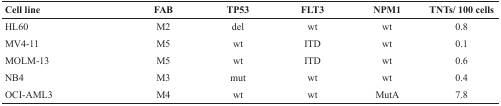
<table><thead><tr><td><b>Cell line</b></td><td><b>FAB</b></td><td><b>TP53</b></td><td><b>FLT3</b></td><td><b>NPM1</b></td><td><b>TNTs/ 100 cells</b></td></tr></thead><tbody><tr><td>HL60</td><td>M2</td><td>del</td><td>wt</td><td>wt</td><td>0.8</td></tr><tr><td>MV4-11</td><td>M5</td><td>wt</td><td>ITD</td><td>wt</td><td>0.1</td></tr><tr><td>MOLM-13</td><td>M5</td><td>wt</td><td>ITD</td><td>wt</td><td>0.6</td></tr><tr><td>NB4</td><td>M3</td><td>mut</td><td>wt</td><td>wt</td><td>0.4</td></tr><tr><td>OCI-AML3</td><td>M4</td><td>wt</td><td>wt</td><td>MutA</td><td>7.8</td></tr></tbody></table>